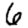
Digit: 6